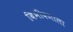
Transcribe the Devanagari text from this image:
बिभीषणाला